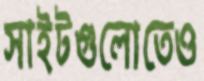
সাইটগুলোতেও